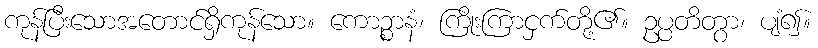
ကုန်ပြီးသောအတောင်ရှိကုန်သော။ ကောဉ္စာနံ၊ ကြိုးကြာငှက်တို့၏။ ဥပ္ပတိတွာ၊ ပျံ၍။